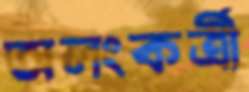
অলংকর্ত্রী